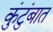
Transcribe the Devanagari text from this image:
कुंटुंबात